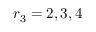
r _ { 3 } = 2 , 3 , 4